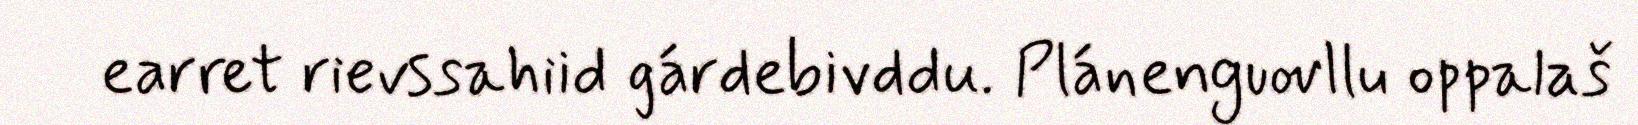
earret rievssahiid gárdebivddu. Plánenguovllu oppalaš